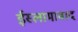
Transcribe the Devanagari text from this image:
ईस्लामाबाद